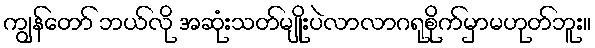
ကျွန်တော် ဘယ်လို အဆုံးသတ်မျိုးပဲလာလာဂရုစိုက်မှာမဟုတ်ဘူး။